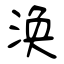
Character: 涣